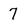
Character: 7